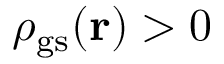
{ \rho _ { \mathrm { g s } } } ( \mathbf { r } ) > 0